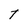
Character: t